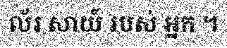
ល័រ សាយ៍ របស់ អ្នក ។